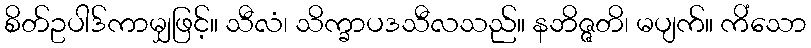
စိတ်ဥပါဒ်ကာမျှဖြင့်။ သီလံ၊ သိက္ခာပဒသီလသည်။ နဘိဇ္ဇတိ၊ မပျက်။ ကိံသော